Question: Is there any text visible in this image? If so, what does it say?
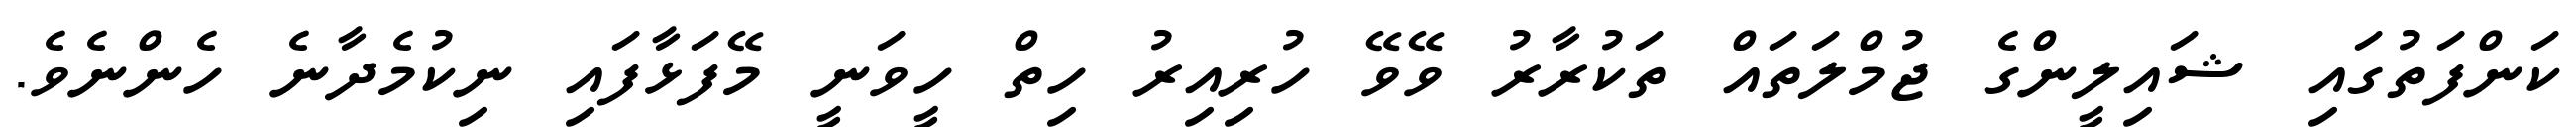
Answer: ކަންފަތުގައި ޝައިލީންގެ ޖުމްލަތައް ތަކުރާރު ވޭވޭ ހުރިއިރު ހިތް ހީވަނީ މޭފަޅާފައި ނިކުމެދާނެ ހެންނެވެ.